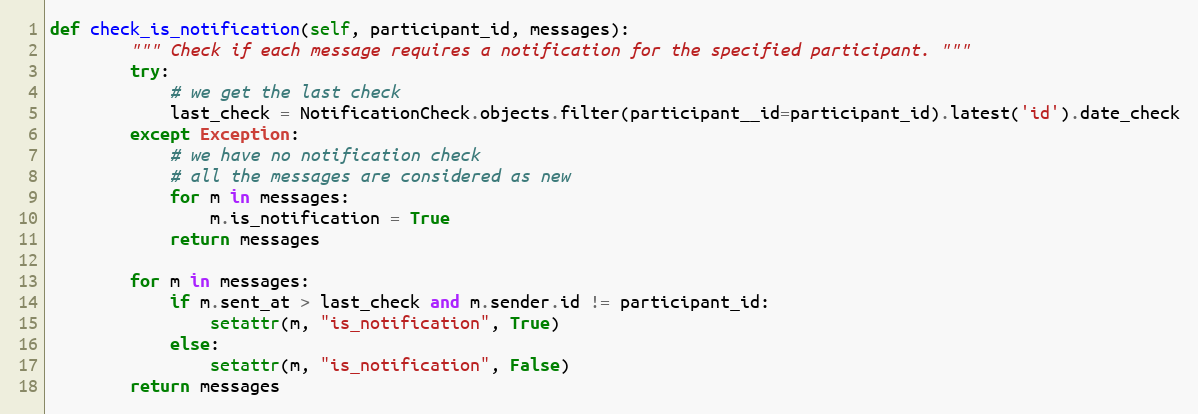
Language: Python
def check_is_notification(self, participant_id, messages):
        """ Check if each message requires a notification for the specified participant. """
        try:
            # we get the last check
            last_check = NotificationCheck.objects.filter(participant__id=participant_id).latest('id').date_check
        except Exception:
            # we have no notification check
            # all the messages are considered as new
            for m in messages:
                m.is_notification = True
            return messages

        for m in messages:
            if m.sent_at > last_check and m.sender.id != participant_id:
                setattr(m, "is_notification", True)
            else:
                setattr(m, "is_notification", False)
        return messages